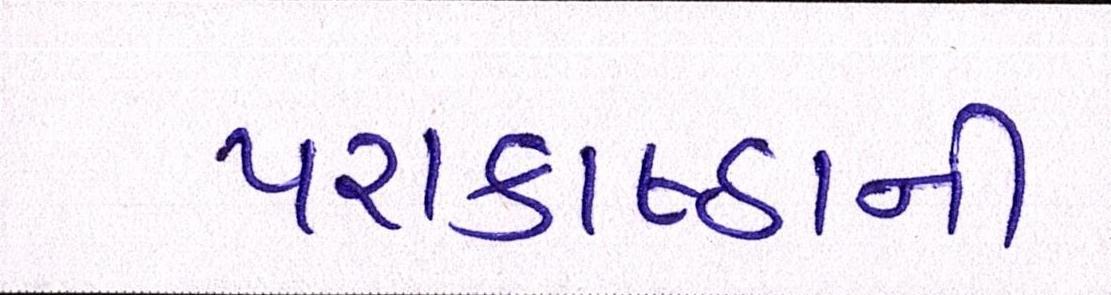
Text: પરાકાષ્ઠાની